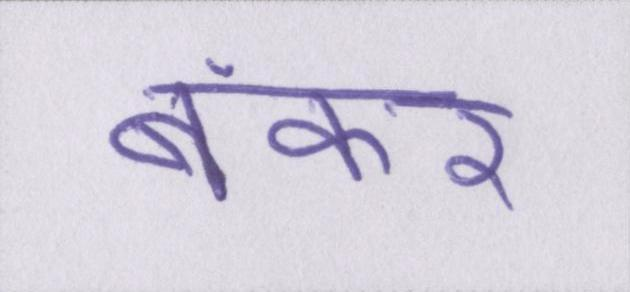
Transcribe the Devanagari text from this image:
बंकर